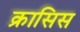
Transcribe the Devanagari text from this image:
क्रासिस